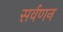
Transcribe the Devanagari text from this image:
सर्वणन